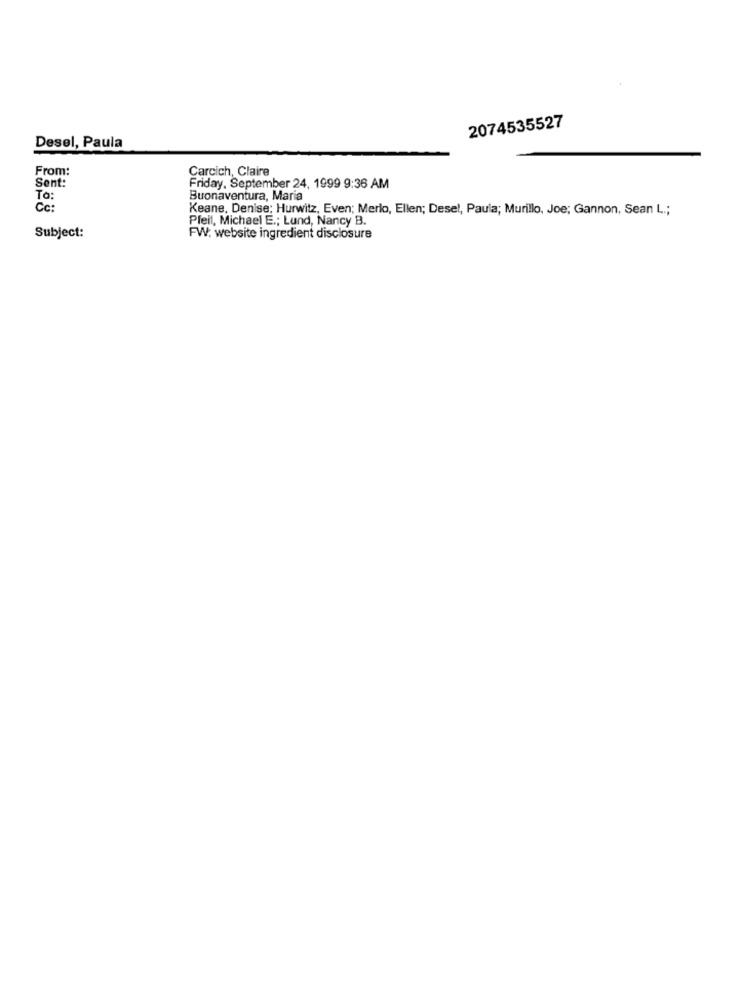
2074535527
Desel, Paula
From:
Carcich, Claire
Sent:
Friday, September 24, 1999 9:36 AM
To:
Buonaventura, Maria
Cc:
Keane, Denise; Hurwitz, Even; Merlo, Ellen; Desel, Paula; Murillo, Joe; Gannon, Sean L .;
Pfeil, Michael E .; Lund, Nancy B.
Subject:
FW: website ingredient disclosure